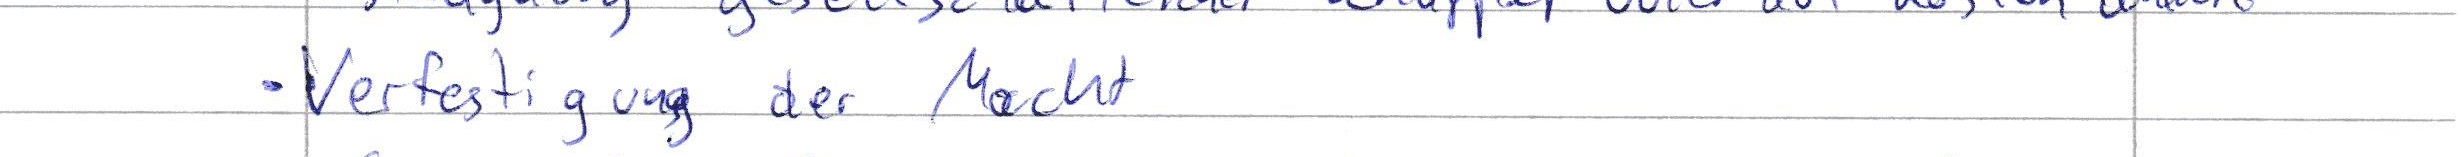
Verfestigung der Macht